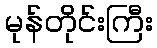
မုန်တိုင်းကြီး